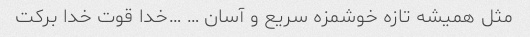
مثل همیشه تازه خوشمزه سریع و آسان … …خدا قوت خدا برکت